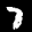
Label: 7